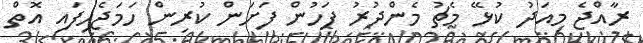
ރާއްޖެ މިއަދު ކުޅޭ މެޗު މެންދުރު ފަހުން ފަށަން ކުރިން ހަމަޖެހިފައި އޮތް